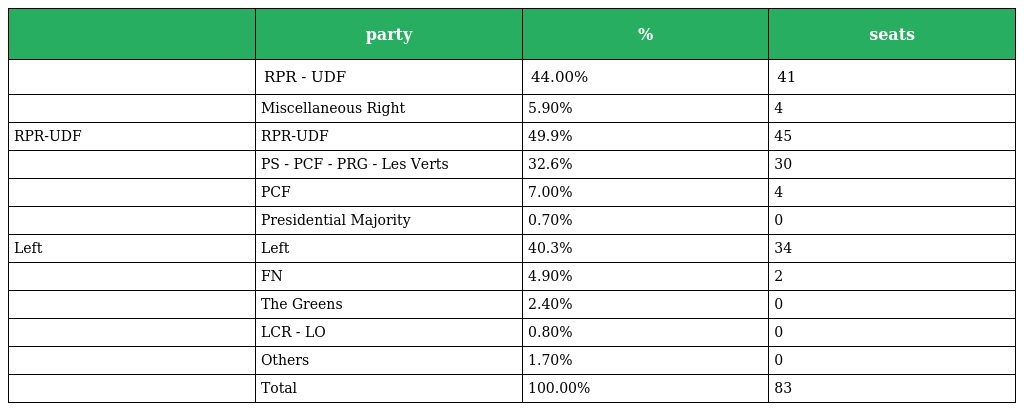
|  | party | % | seats |
 | --- | --- | --- | --- |
 |  | RPR - UDF | 44.00% | 41 |
 |  | Miscellaneous Right | 5.90% | 4 |
 | RPR-UDF | RPR-UDF | 49.9% | 45 |
 |  | PS - PCF - PRG - Les Verts | 32.6% | 30 |
 |  | PCF | 7.00% | 4 |
 |  | Presidential Majority | 0.70% | 0 |
 | Left | Left | 40.3% | 34 |
 |  | FN | 4.90% | 2 |
 |  | The Greens | 2.40% | 0 |
 |  | LCR - LO | 0.80% | 0 |
 |  | Others | 1.70% | 0 |
 |  | Total | 100.00% | 83 |